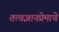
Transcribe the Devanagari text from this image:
तत्वज्ञानप्रेमाचे